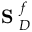
\mathrm { ~ \bf ~ S ~ } _ { D } ^ { f }